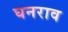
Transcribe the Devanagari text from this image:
घनराव